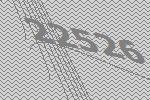
22526